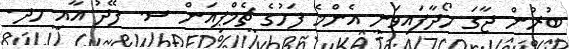
ބުރުން ޖާގަ ހޯދާފައިވަނީ އެންމެ ފަހުގެ ޗެމްޕިއަން ސ. ފޭދު އާއި ހދ.